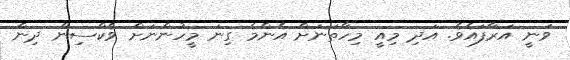
ވަނީ އަރާފައެވެ. އަދި މިއީ މިހާތަނަށް އެންމެ ގިނަ މީހުންނަށް ވެކްސިން ދިން